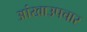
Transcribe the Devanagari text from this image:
आंखाउपचार